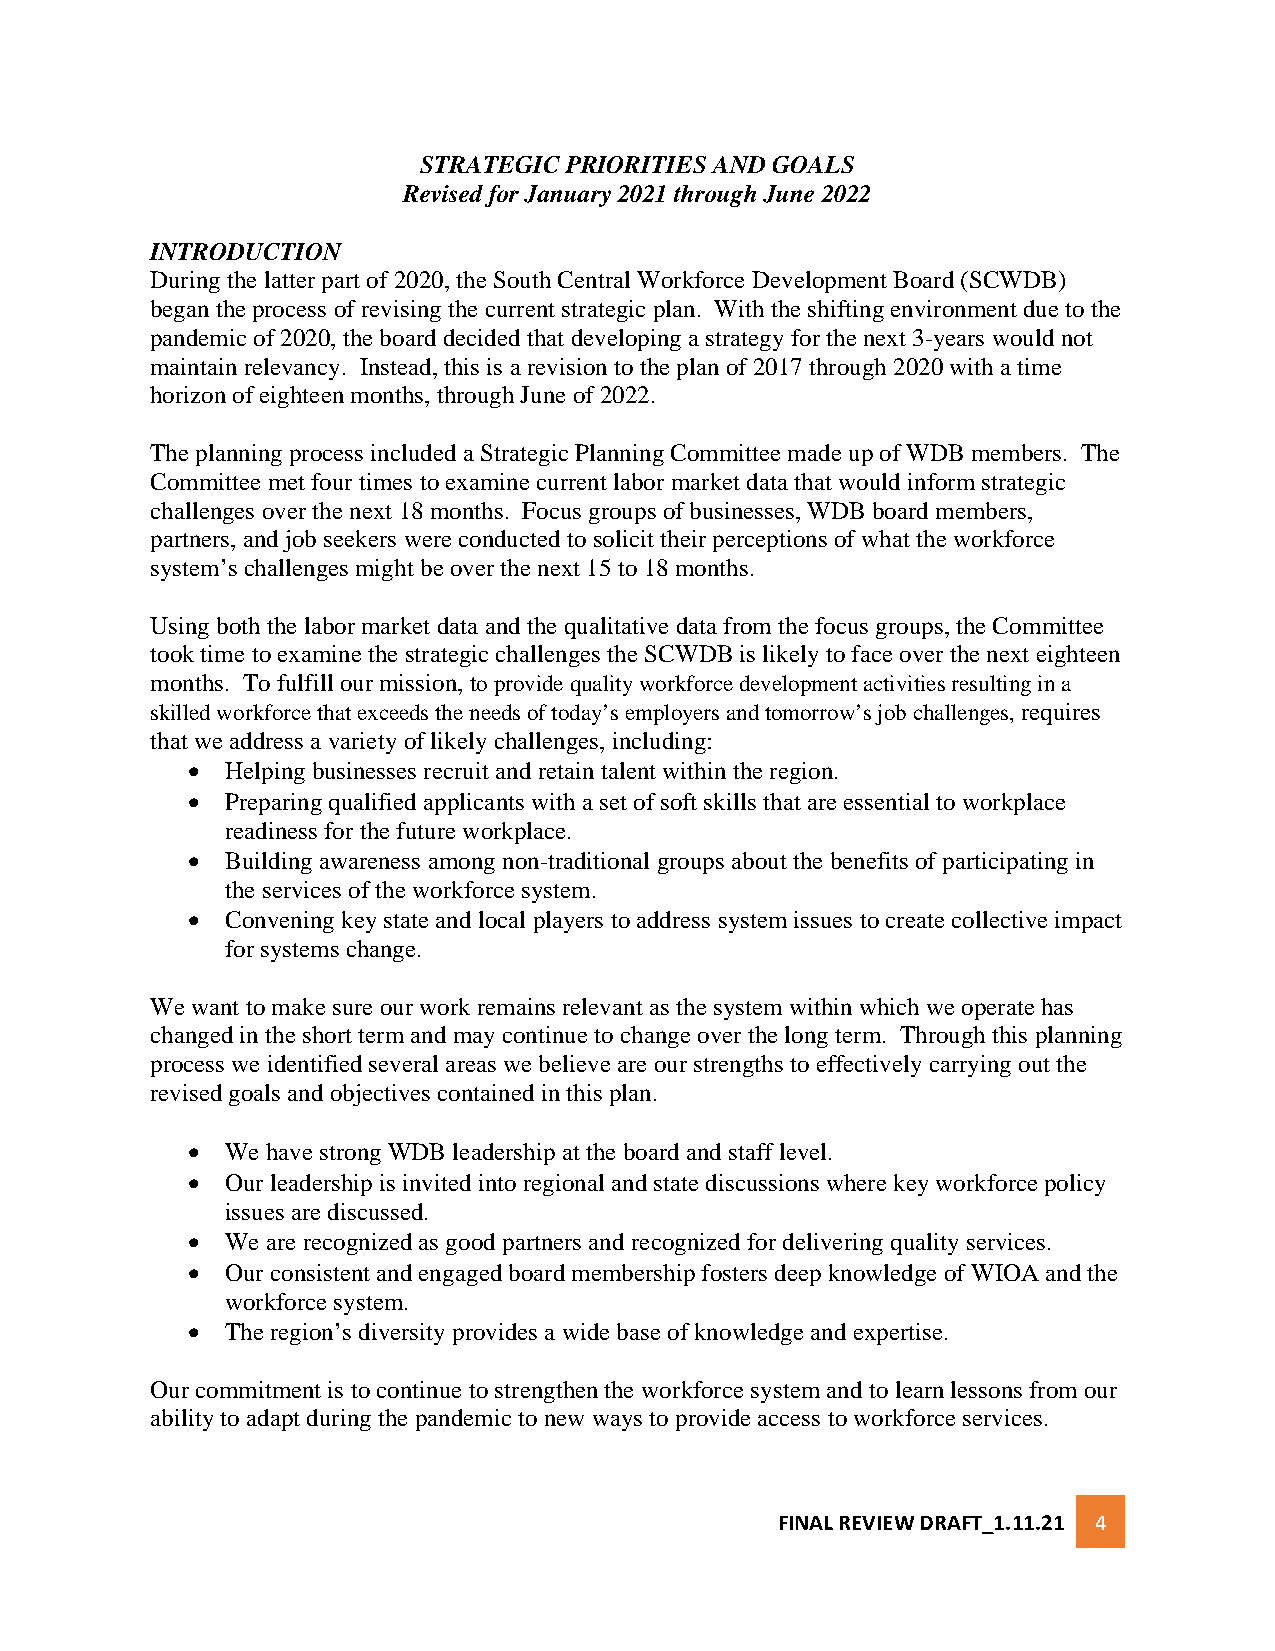
STRATEGIC PRIORITIES AND GOALS
 Revised for January 2021 through June 2022
 INTRODUCTION
 During the latter part of 2020, the South Central Workforce Development Board (SCWDB)
 began the process of revising the current strategic plan. With the shifting environment due to the
 pandemic of 2020, the board decided that developing a strategy for the next 3-years would not
 maintain relevancy. Instead, this is a revision to the plan of 2017 through 2020 with a time
 horizon of eighteen months, through June of 2022.
 The planning process included a Strategic Planning Committee made up of WDB members. The
 Committee met four times to examine current labor market data that would inform strategic
 challenges over the next 18 months. Focus groups of businesses, WDB board members,
 partners, and job seekers were conducted to solicit their perceptions of what the workforce
 system’s challenges might be over the next 15 to 18 months.
 Using both the labor market data and the qualitative data from the focus groups, the Committee
 took time to examine the strategic challenges the SCWDB is likely to face over the next eighteen
 months. To fulfill our mission, to provide quality workforce development activities resulting in a
 skilled workforce that exceeds the needs of today’s employers and tomorrow’s job challenges, requires
 that we address a variety of likely challenges, including:
 •  Helping businesses recruit and retain talent within the region.
 •  Preparing qualified applicants with a set of soft skills that are essential to workplace
 readiness for the future workplace.
 •  Building awareness among non-traditional groups about the benefits of participating in
 the services of the workforce system.
 •  Convening key state and local players to address system issues to create collective impact
 for systems change.
 We want to make sure our work remains relevant as the system within which we operate has
 changed in the short term and may continue to change over the long term. Through this planning
 process we identified several areas we believe are our strengths to effectively carrying out the
 revised goals and objectives contained in this plan.
 •  We have strong WDB leadership at the board and staff level.
 •  Our leadership is invited into regional and state discussions where key workforce policy
 issues are discussed.
 •  We are recognized as good partners and recognized for delivering quality services.
 •  Our consistent and engaged board membership fosters deep knowledge of WIOA and the
 workforce system.
 •  The region’s diversity provides a wide base of knowledge and expertise.
 Our commitment is to continue to strengthen the workforce system and to learn lessons from our
 ability to adapt during the pandemic to new ways to provide access to workforce services.
 FINAL REVIEW DRAFT_1.11.21 4